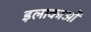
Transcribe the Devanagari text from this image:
इलाकाओं